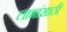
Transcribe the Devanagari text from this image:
लाभांसाठी